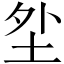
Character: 𱖗